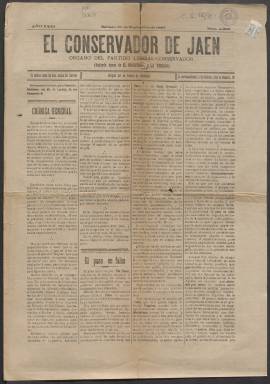
Título: El Conservador de Jaén
Colección: Periódicos
Ámbito geográfico: Jaén
Lugar de publicación: Jaén
Fechas: 18/09/1897-26/10/1897